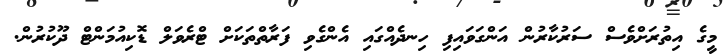
މީގެ އިތުރަށްވެސް ސަރުކާރުން އަންގަވައިފި ހިނދެއްގައި އެންގެވި ފަރާތްތަކަށް ޓްރެވަލް ޑޮކިއުމަންޓް ދޫކުރުން.